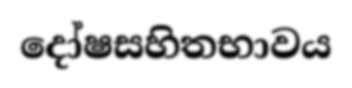
දෝෂසහිතභාවය